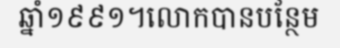
ឆ្នាំ១៩៩១។លោកបានបន្ថែម